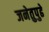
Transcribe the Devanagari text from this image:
जनेतुपुढे